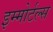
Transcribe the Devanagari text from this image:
इम्मोर्टल्स